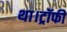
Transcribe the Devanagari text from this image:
था।ट्रॉफी